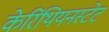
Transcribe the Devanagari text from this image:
केरिंथियनस्टेट